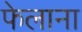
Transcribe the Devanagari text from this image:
फेलाना